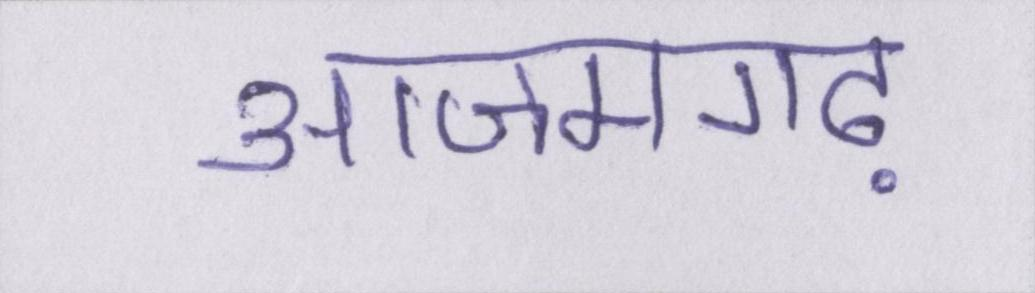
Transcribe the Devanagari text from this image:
आजमगढ़